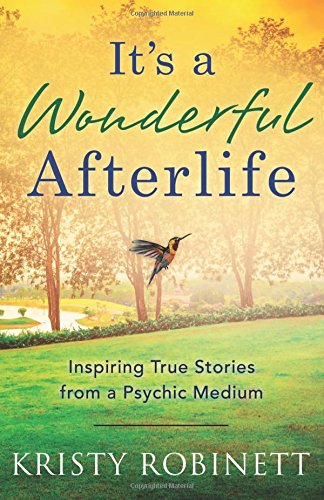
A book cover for It's a Wonderful Afterlife: Inspiring True Stories from a Psychic Medium; Kristy Robinett; Religion & Spirituality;